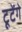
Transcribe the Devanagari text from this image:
टूटेंगे